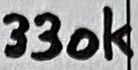
Text: 330K